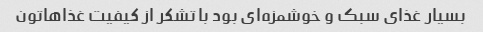
بسیار غذای سبک و خوشمزه‌ای بود با تشکر از کیفیت غذاهاتون